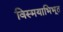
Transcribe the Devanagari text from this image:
विस्मयाभिभूत